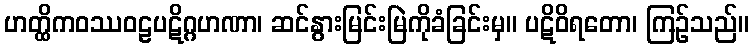
ဟတ္ထိကဝဿဝဠပဋိဂ္ဂဟဏာ၊ ဆင်နွားမြင်းမြဲကိုခံခြင်းမှ။ ပဋိဝိရတော၊ ကြဉ်သည်။